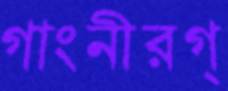
গাংনীরগ্